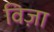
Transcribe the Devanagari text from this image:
विज़ा